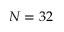
N = 3 2